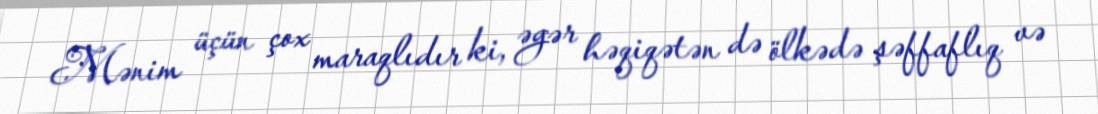
Mənim üçün çox maraqlıdır ki, əgər həqiqətən də ölkədə şəffaflıq və